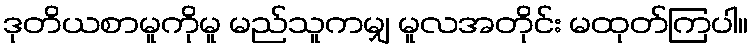
ဒုတိယစာမူကိုမူ မည်သူကမျှ မူလအတိုင်း မထုတ်ကြပါ။